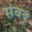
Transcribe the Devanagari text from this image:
संबद्